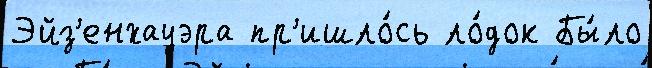
Эйз'енхауэра пр'ишло́сь ло́док Бы́ло